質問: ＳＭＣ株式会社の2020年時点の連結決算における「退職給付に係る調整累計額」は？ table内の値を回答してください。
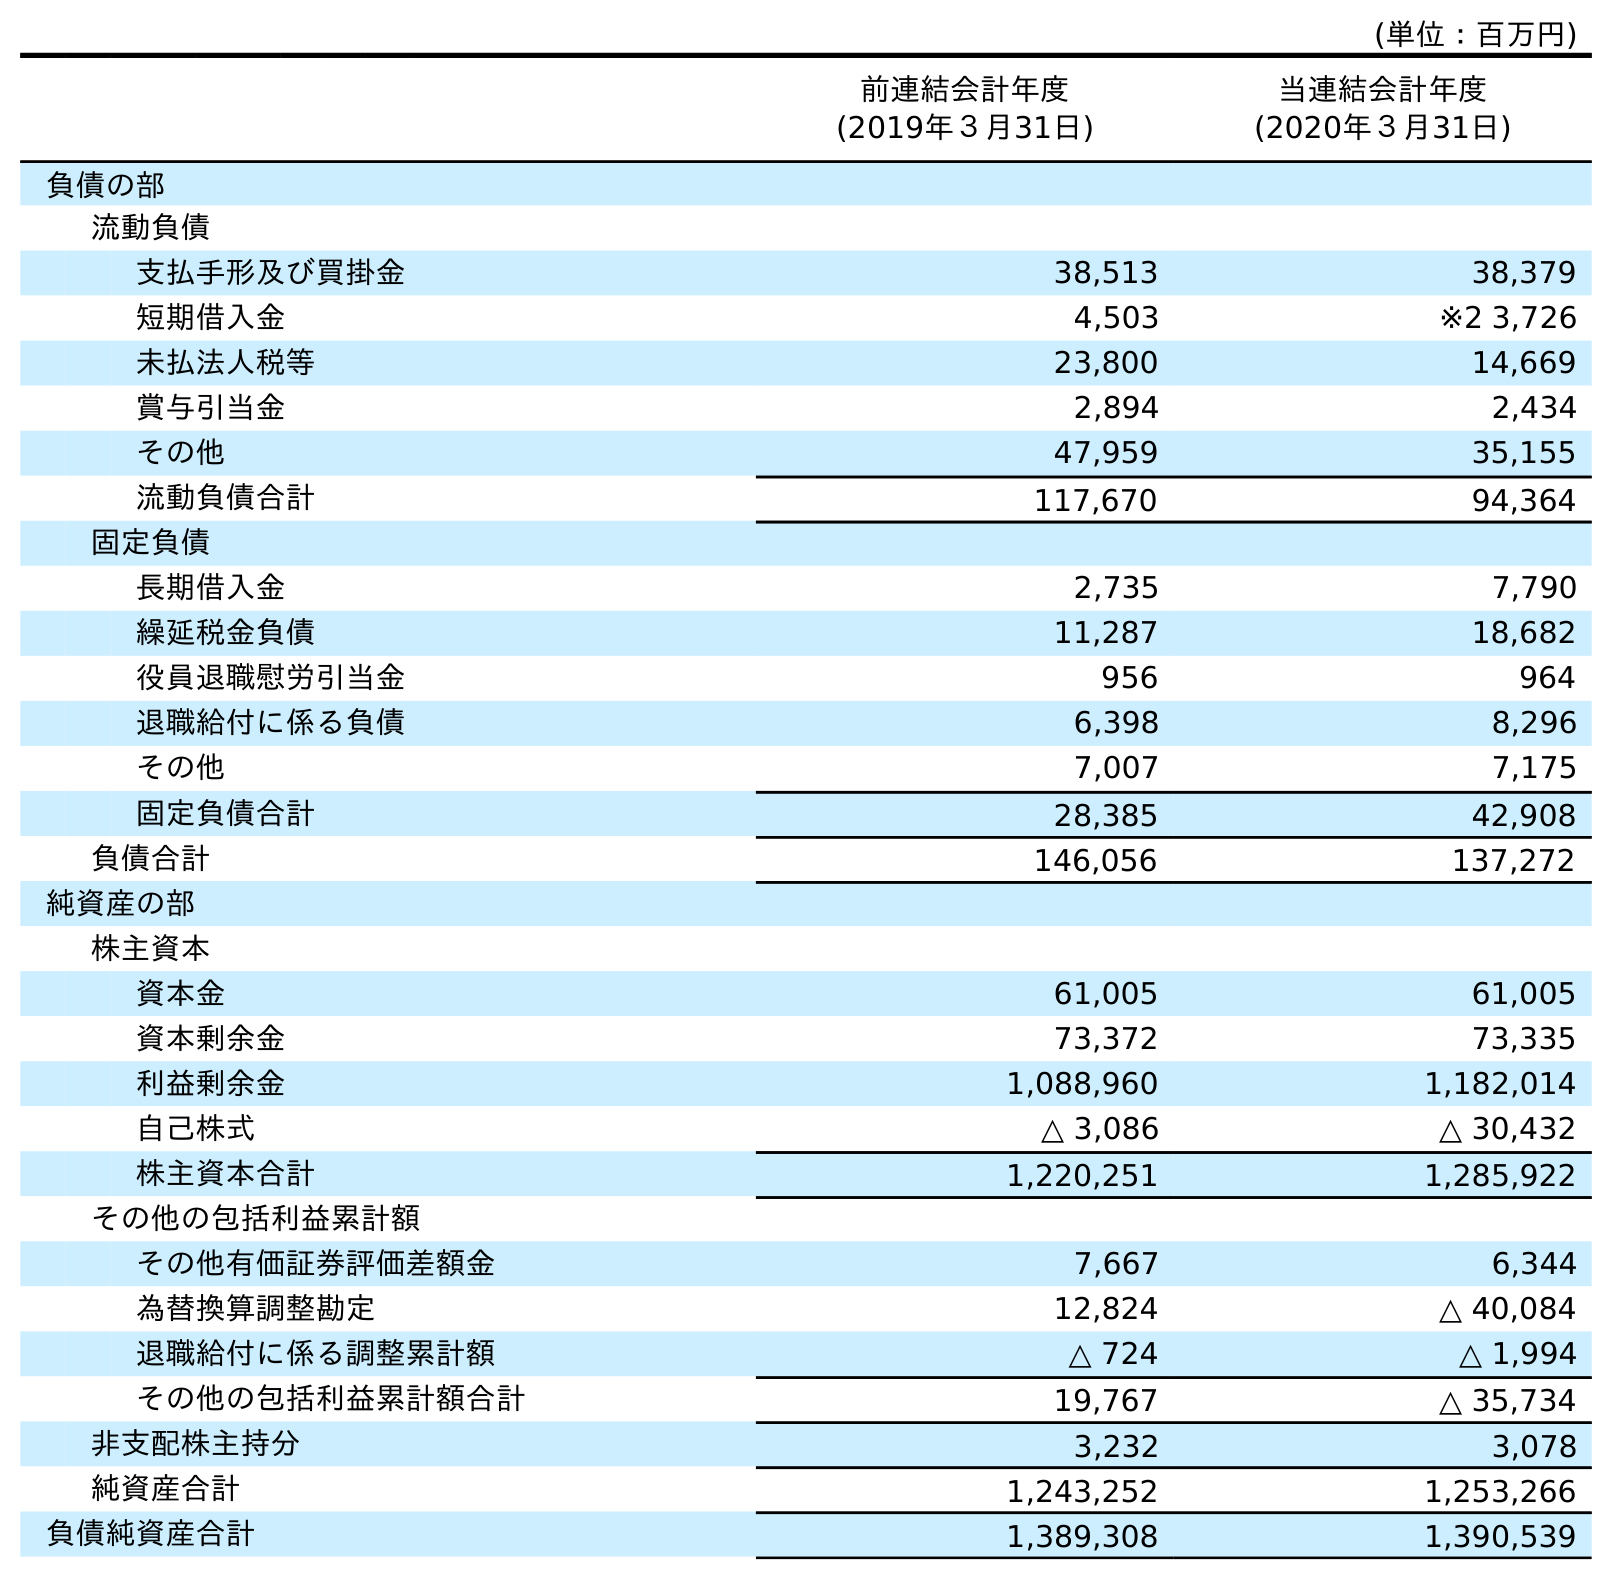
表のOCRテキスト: (単位：百万円) 前連結会計年度 (2019年３月31日) 当連結会計年度 (2020年３月31日) 負債の部 流動負債 支払手形及び買掛金 38,513 38,379 短期借入金 4,503 ※2 3,726 未払法人税等 23,800 14,669 賞与引当金 2,894 2,434 その他 47,959 35,155 流動負債合計 117,670 94,364 固定負債 長期借入金 2,735 7,790 繰延税金負債 11,287 18,682 役員退職慰労引当金 956 964 退職給付に係る負債 6,398 8,296 その他 7,007 7,175 固定負債合計 28,385 42,908 負債合計 146,056 137,272 純資産の部 株主資本 資本金 61,005 61,005 資本剰余金 73,372 73,335 利益剰余金 1,088,960 1,182,014 自己株式 △ 3,086 △ 30,432 株主資本合計 1,220,251 1,285,922 その他の包括利益累計額 その他有価証券評価差額金 7,667 6,344 為替換算調整勘定 12,824 △ 40,084 退職給付に係る調整累計額 △ 724 △ 1,994 その他の包括利益累計額合計 19,767 △ 35,734 非支配株主持分 3,232 3,078 純資産合計 1,243,252 1,253,266 負債純資産合計 1,389,308 1,390,539
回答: △1,994